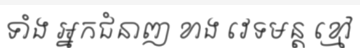
ទាំង អ្នកជំនាញ ខាង វេទមន្ត ខ្មៅ